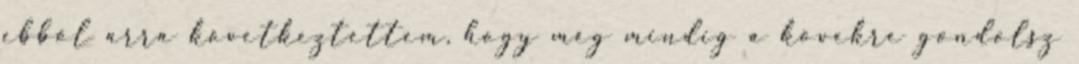
ebből arra következtettem, hogy még mindig a kövekre gondolsz